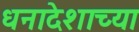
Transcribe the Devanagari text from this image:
धनादेशाच्या